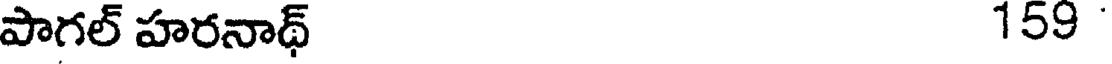
పాగల్ హరనాథ్ 159